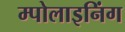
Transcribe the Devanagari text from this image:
म्पोलाइनिंग